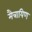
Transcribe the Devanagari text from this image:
मैत्रायिण